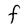
Character: F